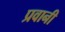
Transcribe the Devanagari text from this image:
प्रवानी